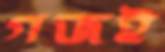
গজই